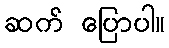
ဆက် ပြောပါ။